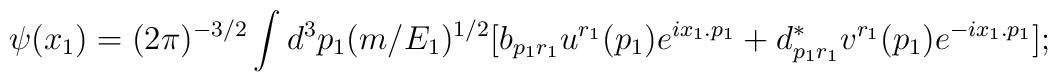
\psi(x_1) = (2\pi)^{-3/2} \int d^3p_1 (m/E_1)^{1/2} [b_{p_1r_1} u^{r_1}(p_1)e^{ix_1.p_1} + d^*_{p_1r_1} v^{r_1}(p_1) e^{-ix_1.p_1}] ;